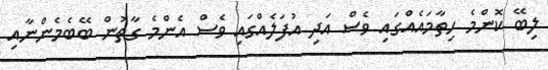
ލިބޭ ކޮންމެ ހިތާމައެއްގައި ވެސް އަދި އުފަލެއްގައި ވެސް އެންމެ ގާތުން ބޭބެމެންނާއި